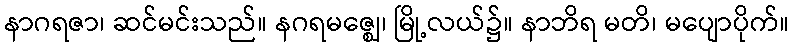
နာဂရဇာ၊ ဆင်မင်းသည်။ နဂရမဇ္ဈေ၊ မြို့လယ်၌။ နာဘိရ မတိ၊ မပျောပိုက်။